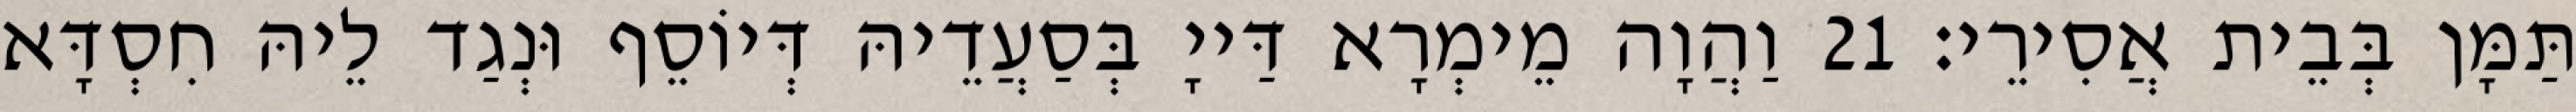
תַּמָּן בְּבֵית אֲסִירֵי׃ 21 וַהֲוָה מֵימְרָא דַּייָ בְּסַעֲדֵיהּ דְּיוֹסֵף וּנְגַד לֵיהּ חִסְדָּא